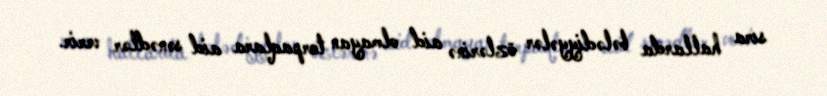
sıra hallarda bələdiyyələr özlərinə aid olmayan torpaqlara aid sənədlər verir.